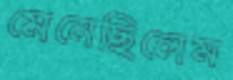
মেনেছিলেম